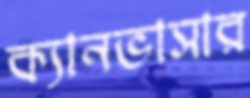
ক্যানভাসার